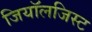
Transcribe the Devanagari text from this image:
जियॉलजिस्ट